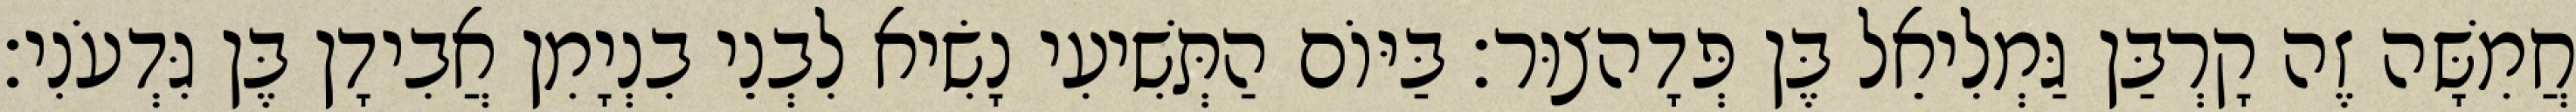
חֲמִשָּׁה זֶה קָרְבַּן גַּמְלִיאֵל בֶּן פְּדָהצוּר׃ בַּיּוֹם הַתְּשִׁיעִי נָשִׂיא לִבְנֵי בִנְיָמִן אֲבִידָן בֶּן גִּדְעֹנִי׃